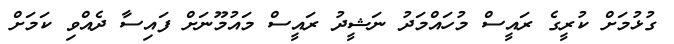
ގުޅުމަށް ކުރީގެ ރައީސް މުހައްމަދު ނަޝީދު ރައީސް މައުމޫނަށް ފައިސާ ދެއްވި ކަމަށް